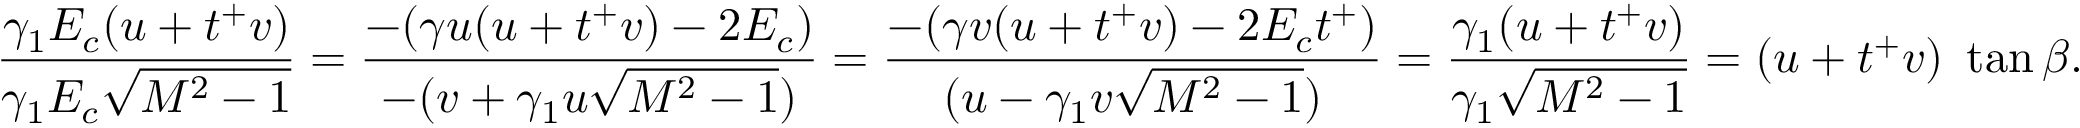
\frac { \gamma _ { 1 } E _ { c } ( u + t ^ { + } v ) } { \gamma _ { 1 } E _ { c } \sqrt { M ^ { 2 } - 1 } } = \frac { - ( \gamma u ( u + t ^ { + } v ) - 2 E _ { c } ) } { - ( v + \gamma _ { 1 } u \sqrt { M ^ { 2 } - 1 } ) } = \frac { - ( \gamma v ( u + t ^ { + } v ) - 2 E _ { c } t ^ { + } ) } { ( u - \gamma _ { 1 } v \sqrt { M ^ { 2 } - 1 } ) } = \frac { \gamma _ { 1 } ( u + t ^ { + } v ) } { \gamma _ { 1 } \sqrt { M ^ { 2 } - 1 } } = ( u + t ^ { + } v ) ~ \tan { \beta } .